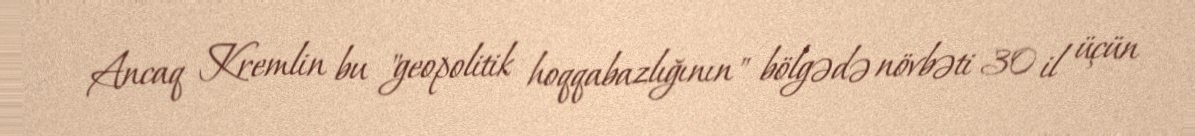
Ancaq Kremlin bu "geopolitik hoqqabazlığının" bölgədə növbəti 30 il üçün